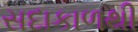
સદાકાળથી